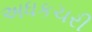
અધકચરી